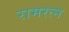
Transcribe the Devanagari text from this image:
रामरत्‍न